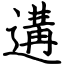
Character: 遘